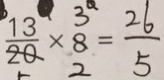
\frac { 1 3 } { 2 0 } \times 8 = \frac { 2 6 } { 5 }